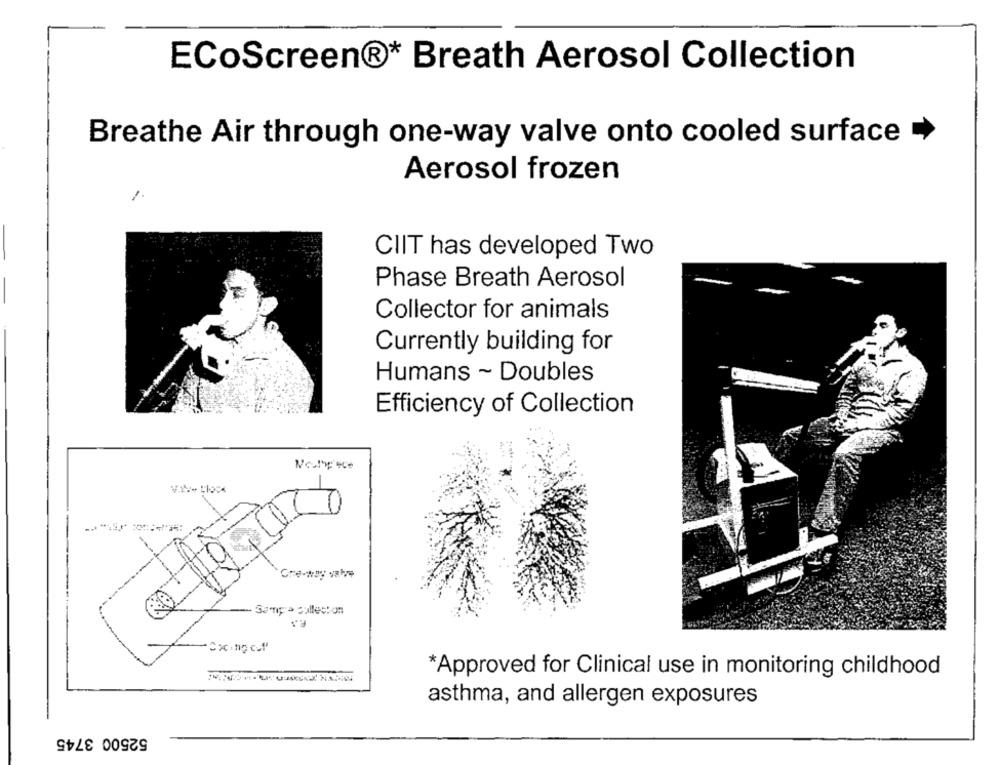
ECoScreen®* Breath Aerosol Collection
Breathe Air through one-way valve onto cooled surface
Aerosol frozen
-
CIIT has developed Two
Phase Breath Aerosol
Collector for animals
Currently building for
Humans ~ Doubles
Efficiency of Collection
1
- Sampa collect on
*Approved for Clinical use in monitoring childhood
asthma, and allergen exposures
52500 3745